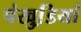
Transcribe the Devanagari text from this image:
पंखुडि़यां